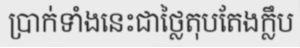
ប្រាក់ទាំងនេះជាថ្លៃតុបតែងក្លឹប